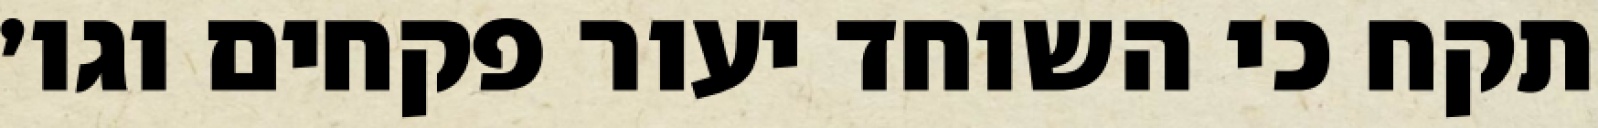
תקח כי השוחד יעור פקחים וגו׳